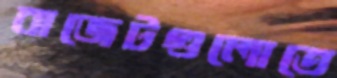
বাজেটগুলোতে